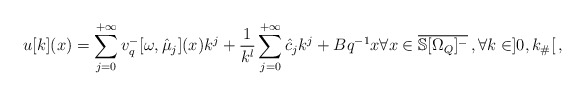
\begin{align*} u[k](x)=\sum_{j=0}^{+\infty}v_{q}^-[\omega,\hat{\mu}_j](x)k^j+\frac{1}{k^{l}}\sum_{j=0}^{+\infty}\hat{c}_jk^j+Bq^{-1}x \forall x \in \overline{\mathbb{S}[\Omega_Q]^{-}}\, , \forall k \in ]0,k_\#[\, ,\end{align*}